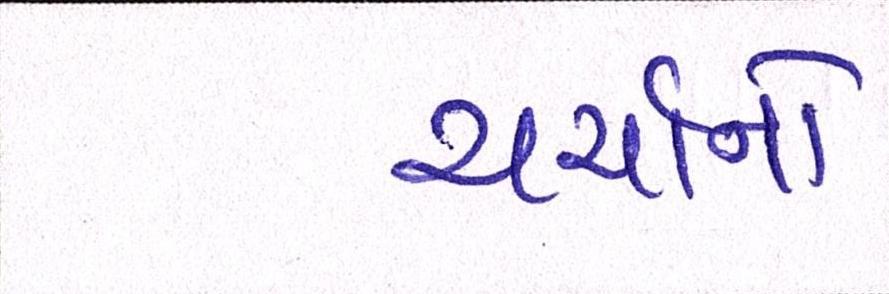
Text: ચર્ચાનો